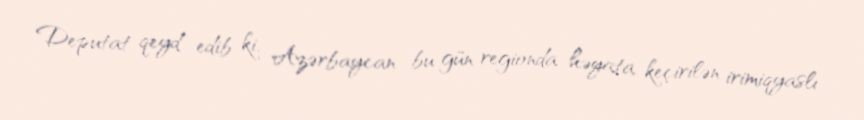
Deputat qeyd edib ki, Azərbaycan bu gün regionda həyata keçirilən irimiqyaslı